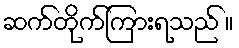
ဆက်တိုက်ကြားရသည် ။